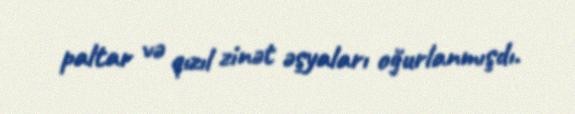
paltar və qızıl zinət əşyaları oğurlanmışdı.